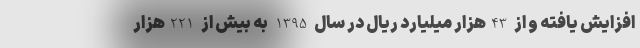
افزایش یافته و از 43هزار میلیارد ریال در سال 1395 به بیش از 221هزار